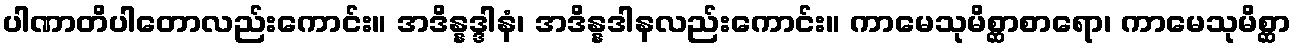
ပါဏာတိပါတောလည်းကောင်း။ အဒိန္နဒ္ဒါနံ၊ အဒိန္နဒါနလည်းကောင်း။ ကာမေသုမိစ္ဆာစာရော၊ ကာမေသုမိစ္ဆာ